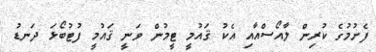
ފެށުމުގެ ކުރިން ލާއޯސްއާއި އެކު ޤައުމީ ޓީމުން ވަނީ ޤައުމީ ފުޓުބޯޅަ ދަނޑު